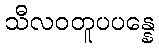
သီလဝတူပပန္နေ